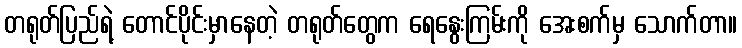
တရုတ်ပြည်ရဲ့ တောင်ပိုင်းမှာနေတဲ့ တရုတ်တွေက ရေနွေးကြမ်းကို အေးစက်မှ သောက်တာ။